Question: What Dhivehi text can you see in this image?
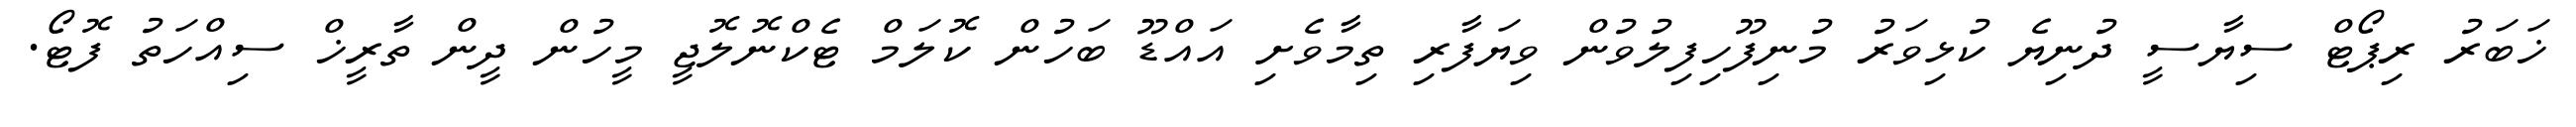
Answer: ޚަބަރު ރިޕޯޓް ސިޔާސީ ދުނިޔެ ކުޅިވަރު މުނިފޫހިފިލުވުން ވިޔަފާރި ތިމާވެށި އައްޑޫ ބަހުން ކޮލަމް ޓެކްނޮލޮޖީ މީހުން ދީން ތާރީޚް ސިއްހަތު ފޮޓޯ.